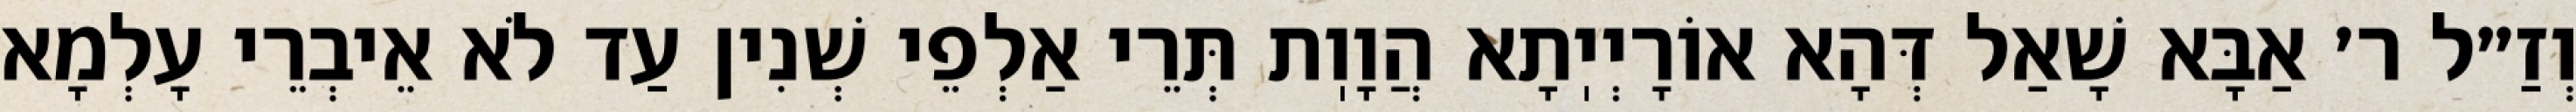
וְזַ״ל ר׳ אַבָּא שָׁאַל דְּהָא אוֹרָיְיֽתָא הֲוָוֽת תְּרֵי אַלְפֵי שְׁנִין עַד לֹא אֵיבְרֵי עָלְמָא